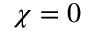
\chi = 0